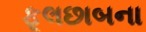
ફૂલછાબના